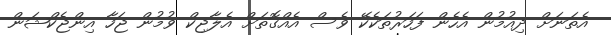
އެތަނަށް ދިއުމުން އެހެން ފަހަރުތަކެކޭ ވެސް އެއްގޮތަށް އެލާޖިކް ވުމުން ޖަހާ އިންޖެކްޝަން